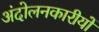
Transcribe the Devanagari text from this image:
अंदोलनकारीयों